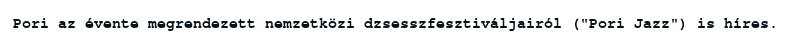
Pori az évente megrendezett nemzetközi dzsesszfesztiváljairól ("Pori Jazz") is híres.